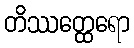
တိဿတ္ထေရော